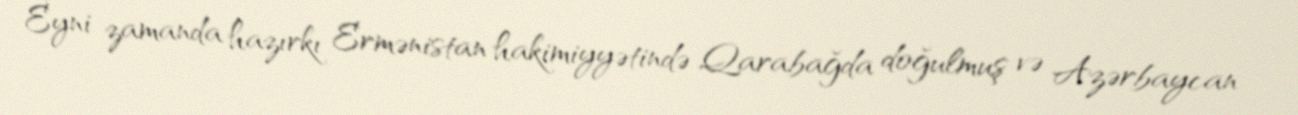
Eyni zamanda hazırkı Ermənistan hakimiyyətində Qarabağda doğulmuş və Azərbaycan